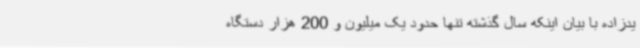
یدزاده با بیان اینکه سال گذشته تنها حدود یک میلیون و 200 هزار دستگاه